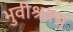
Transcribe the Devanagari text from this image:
भुवीश्रवस